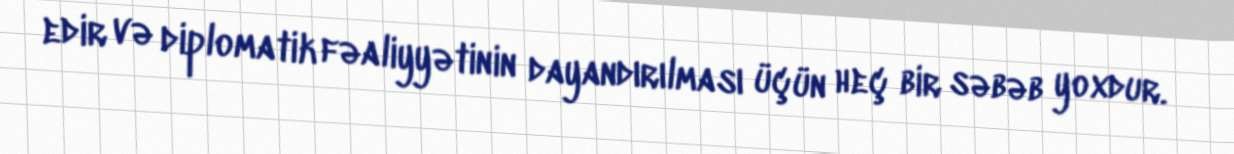
edir və diplomatik fəaliyyətinin dayandırılması üçün heç bir səbəb yoxdur.